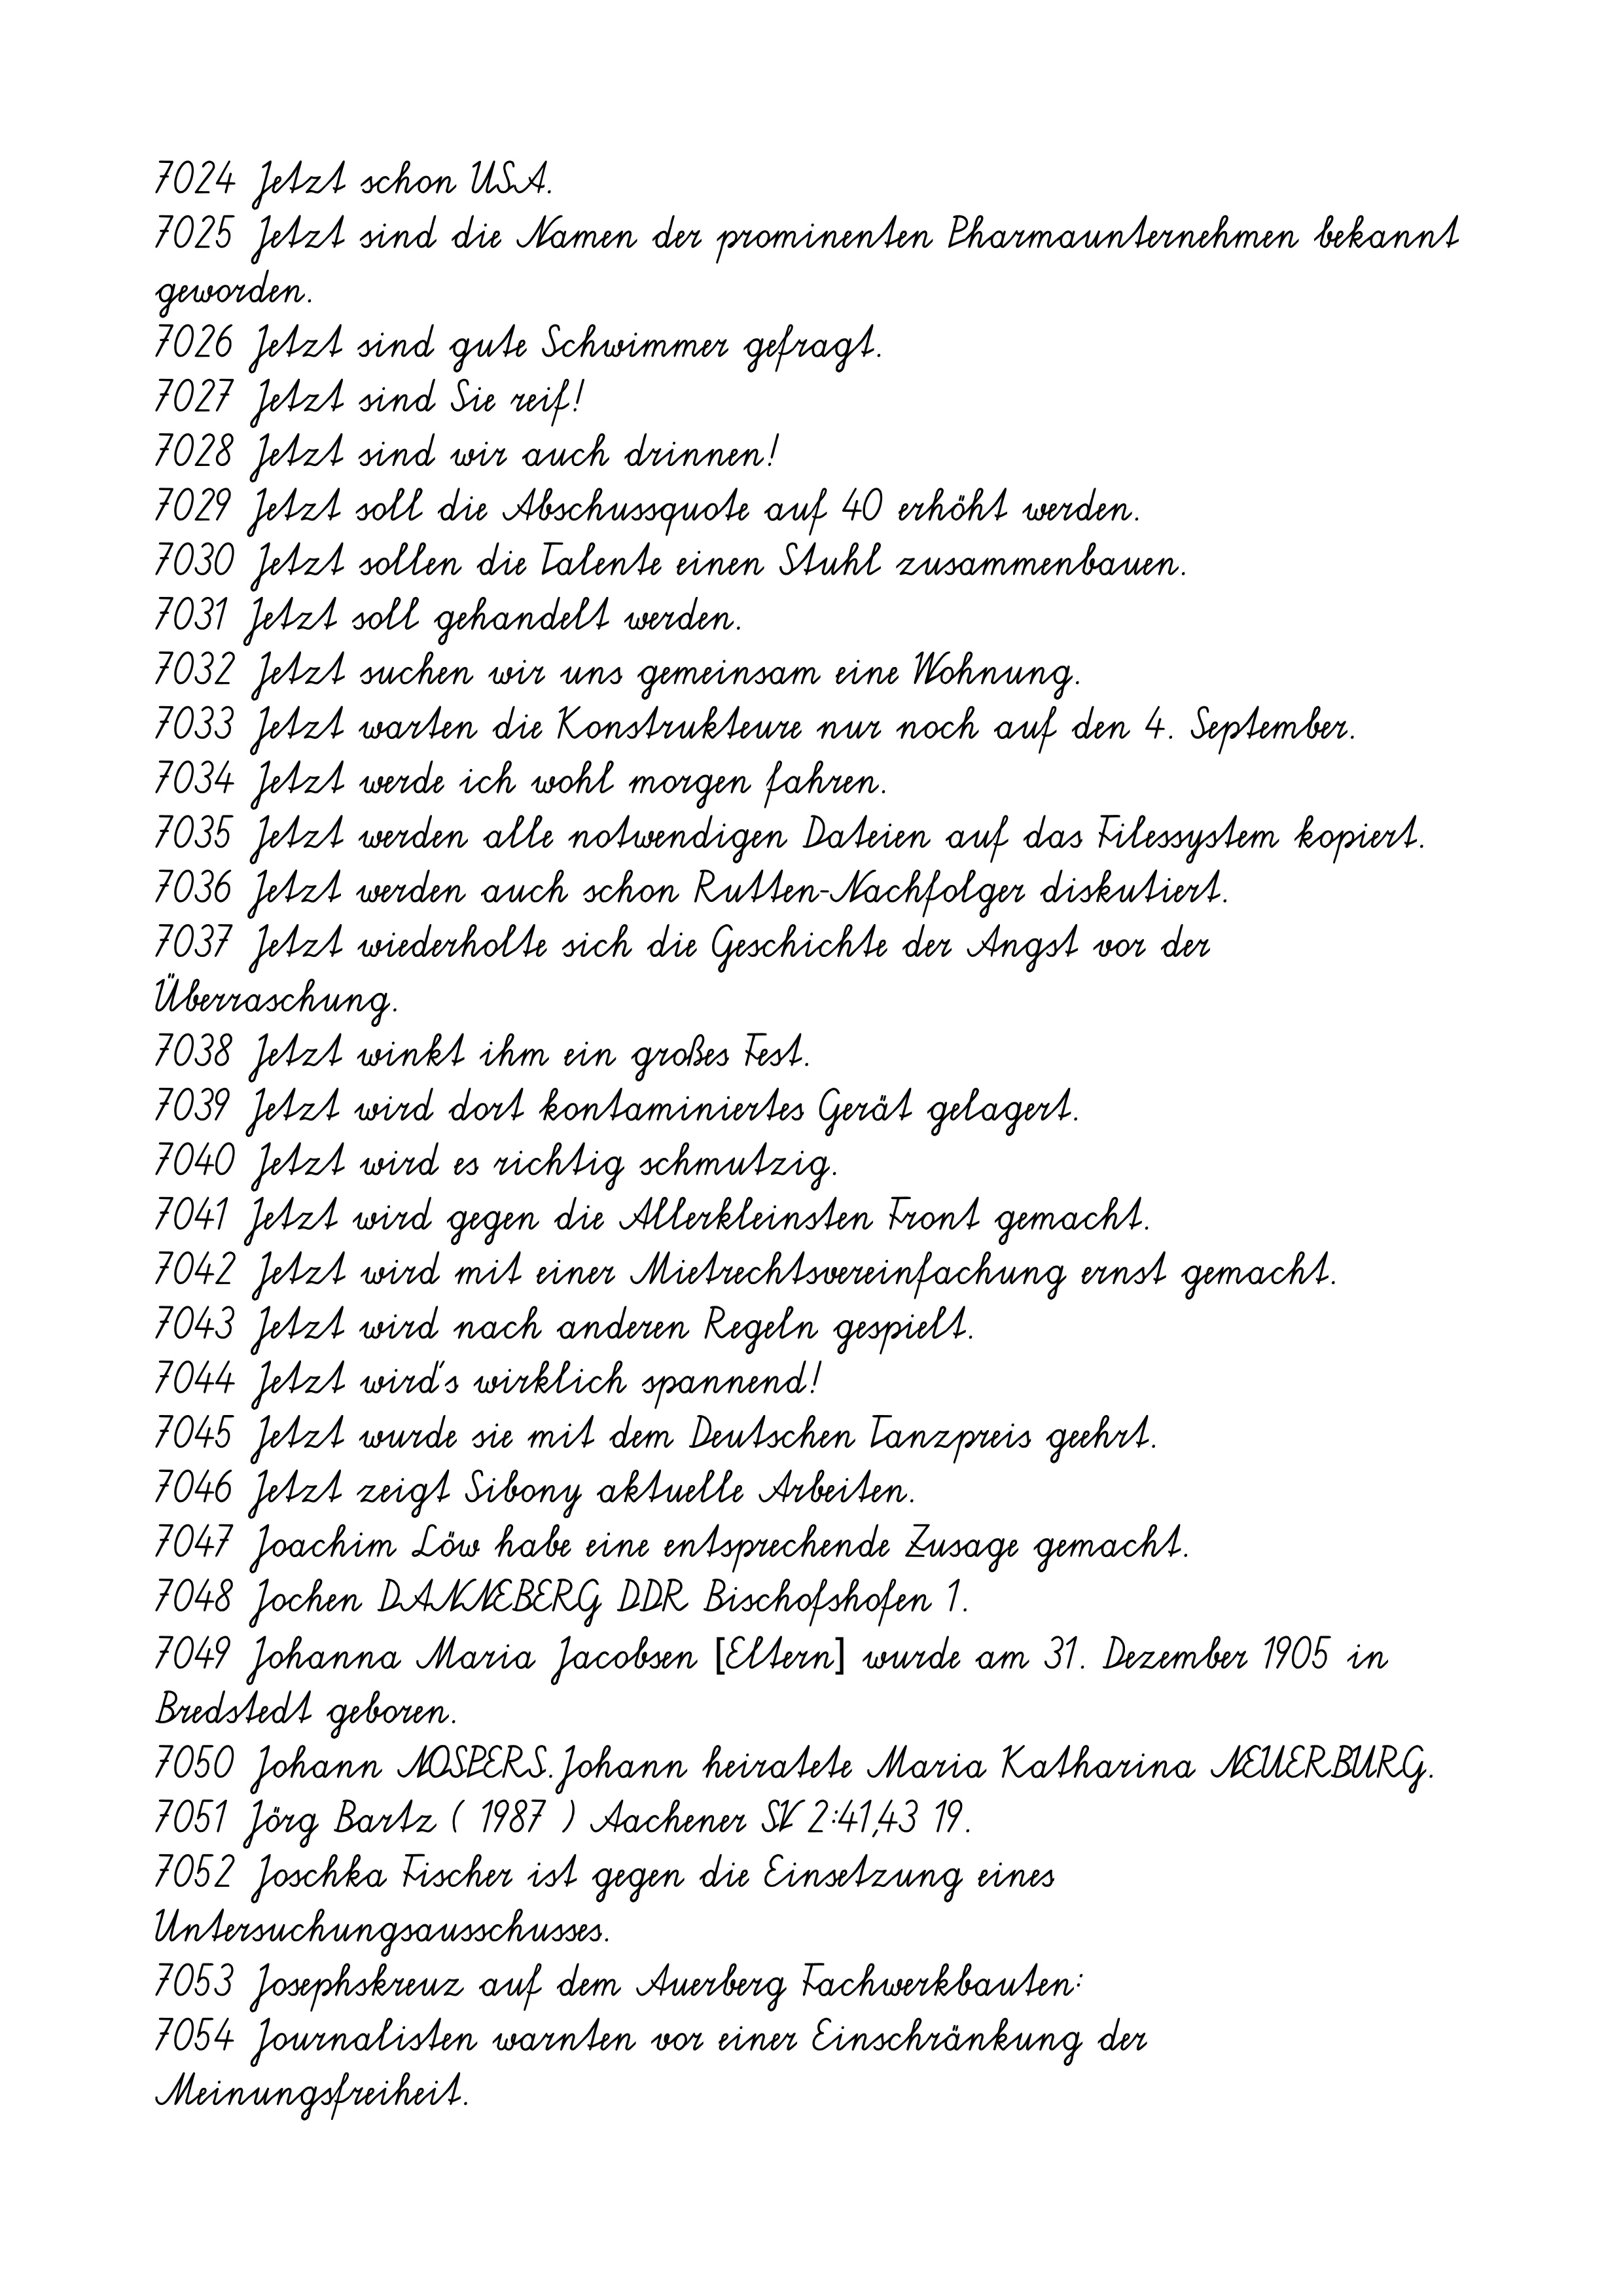
7024 Jetzt schon USA.
7025 Jetzt sind die Namen der prominenten Pharmaunternehmen bekannt
geworden.
7026 Jetzt sind gute Schwimmer gefragt.
7027 Jetzt sind Sie reif!
7028 Jetzt sind wir auch drinnen!
7029 Jetzt soll die Abschussquote auf 40 erhöht werden.
7030 Jetzt sollen die Talente einen Stuhl zusammenbauen.
7031 Jetzt soll gehandelt werden.
7032 Jetzt suchen wir uns gemeinsam eine Wohnung.
7033 Jetzt warten die Konstrukteure nur noch auf den 4. September.
7034 Jetzt werde ich wohl morgen fahren.
7035 Jetzt werden alle notwendigen Dateien auf das Filessystem kopiert.
7036 Jetzt werden auch schon Rutten-Nachfolger diskutiert.
7037 Jetzt wiederholte sich die Geschichte der Angst vor der
Überraschung.
7038 Jetzt winkt ihm ein großes Fest.
7039 Jetzt wird dort kontaminiertes Gerät gelagert.
7040 Jetzt wird es richtig schmutzig.
7041 Jetzt wird gegen die Allerkleinsten Front gemacht.
7042 Jetzt wird mit einer Mietrechtsvereinfachung ernst gemacht.
7043 Jetzt wird nach anderen Regeln gespielt.
7044 Jetzt wird's wirklich spannend!
7045 Jetzt wurde sie mit dem Deutschen Tanzpreis geehrt.
7046 Jetzt zeigt Sibony aktuelle Arbeiten.
7047 Joachim Löw habe eine entsprechende Zusage gemacht.
7048 Jochen DANNEBERG DDR Bischofshofen 1.
7049 Johanna Maria Jacobsen [Eltern] wurde am 31. Dezember 1905 in
Bredstedt geboren.
7050 Johann NOSPERS.Johann heiratete Maria Katharina NEUERBURG.
7051 Jörg Bartz ( 1987 ) Aachener SV 2:41,43 19.
7052 Joschka Fischer ist gegen die Einsetzung eines
Untersuchungsausschusses.
7053 Josephskreuz auf dem Auerberg Fachwerkbauten:
7054 Journalisten warnten vor einer Einschränkung der
Meinungsfreiheit.